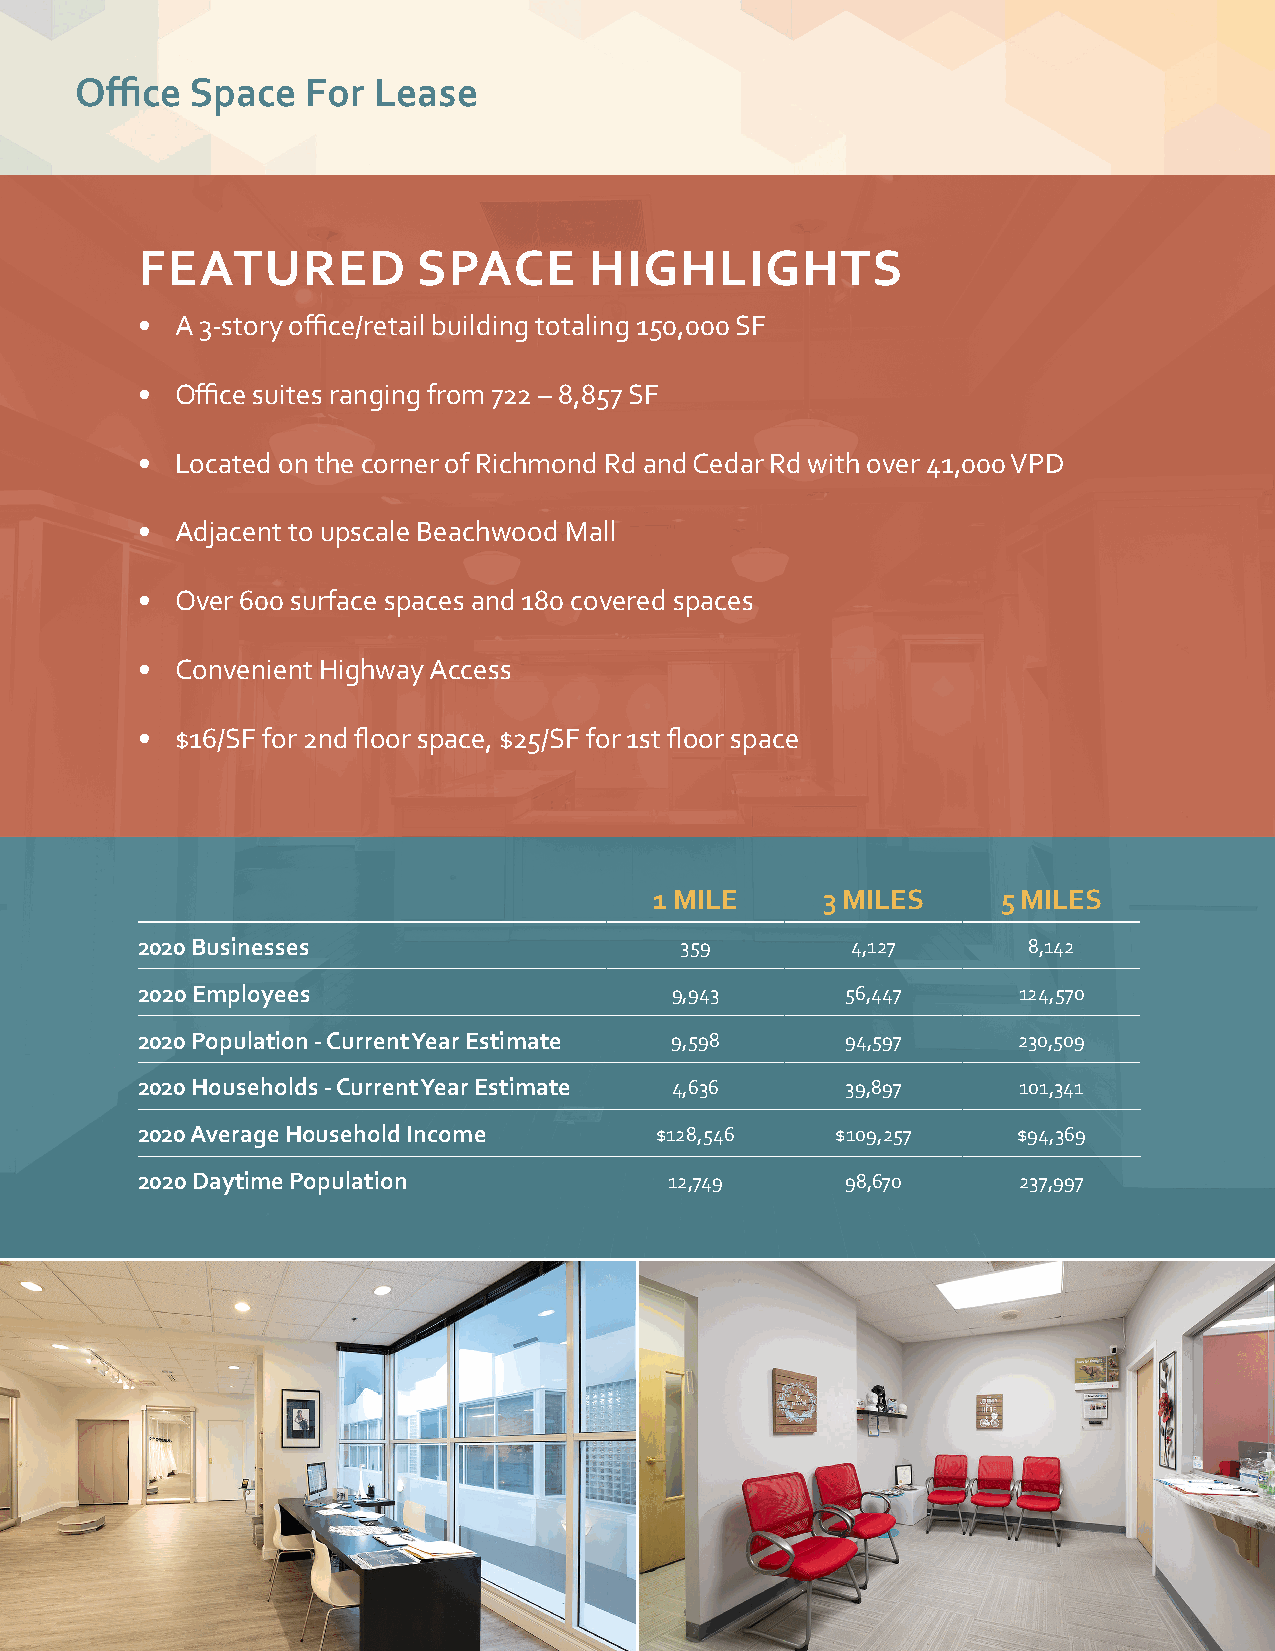
Office  Space  For  Lease
 FEATURED           SPACE      HIGHLIGHTS
 •  A 3-story office/retail building totaling 150,000 SF
 •  Office suites ranging from 722 – 8,857 SF
 •  Located on the corner of Richmond Rd and Cedar Rd with over 41,000 VPD
 •  Adjacent to upscale Beachwood Mall
 •  Over 600 surface spaces and 180 covered spaces
 •  Convenient Highway Access
 •  $16/SF for 2nd floor space, $25/SF for 1st floor space
 1 MILE     3 MILES     5 MILES
 2020 Businesses                     359        4,127       8,142
 2020 Employees                     9,943       56,447     124,570
 2020 Population - Current Year Estimate 9,598  94,597     230,509
 2020 Households - Current Year Estimate 4,636  39,897     101,341
 2020 Average Household Income     $128,546    $109,257    $94,369
 2020 Daytime Population            12,749      98,670     237,997